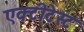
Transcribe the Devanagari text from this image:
एक्टीटेस्ट